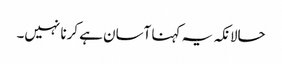
حالانکہ یہ کہنا آسان ہے کرنا نہیں۔